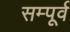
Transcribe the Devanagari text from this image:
सम्पूर्व